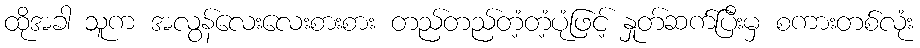
ထိုအခါ သူက အလွန်လေးလေးစားစား တည်တည်တံ့တံ့ပုံဖြင့် နှုတ်ဆက်ပြီးမှ စကားတစ်လုံး